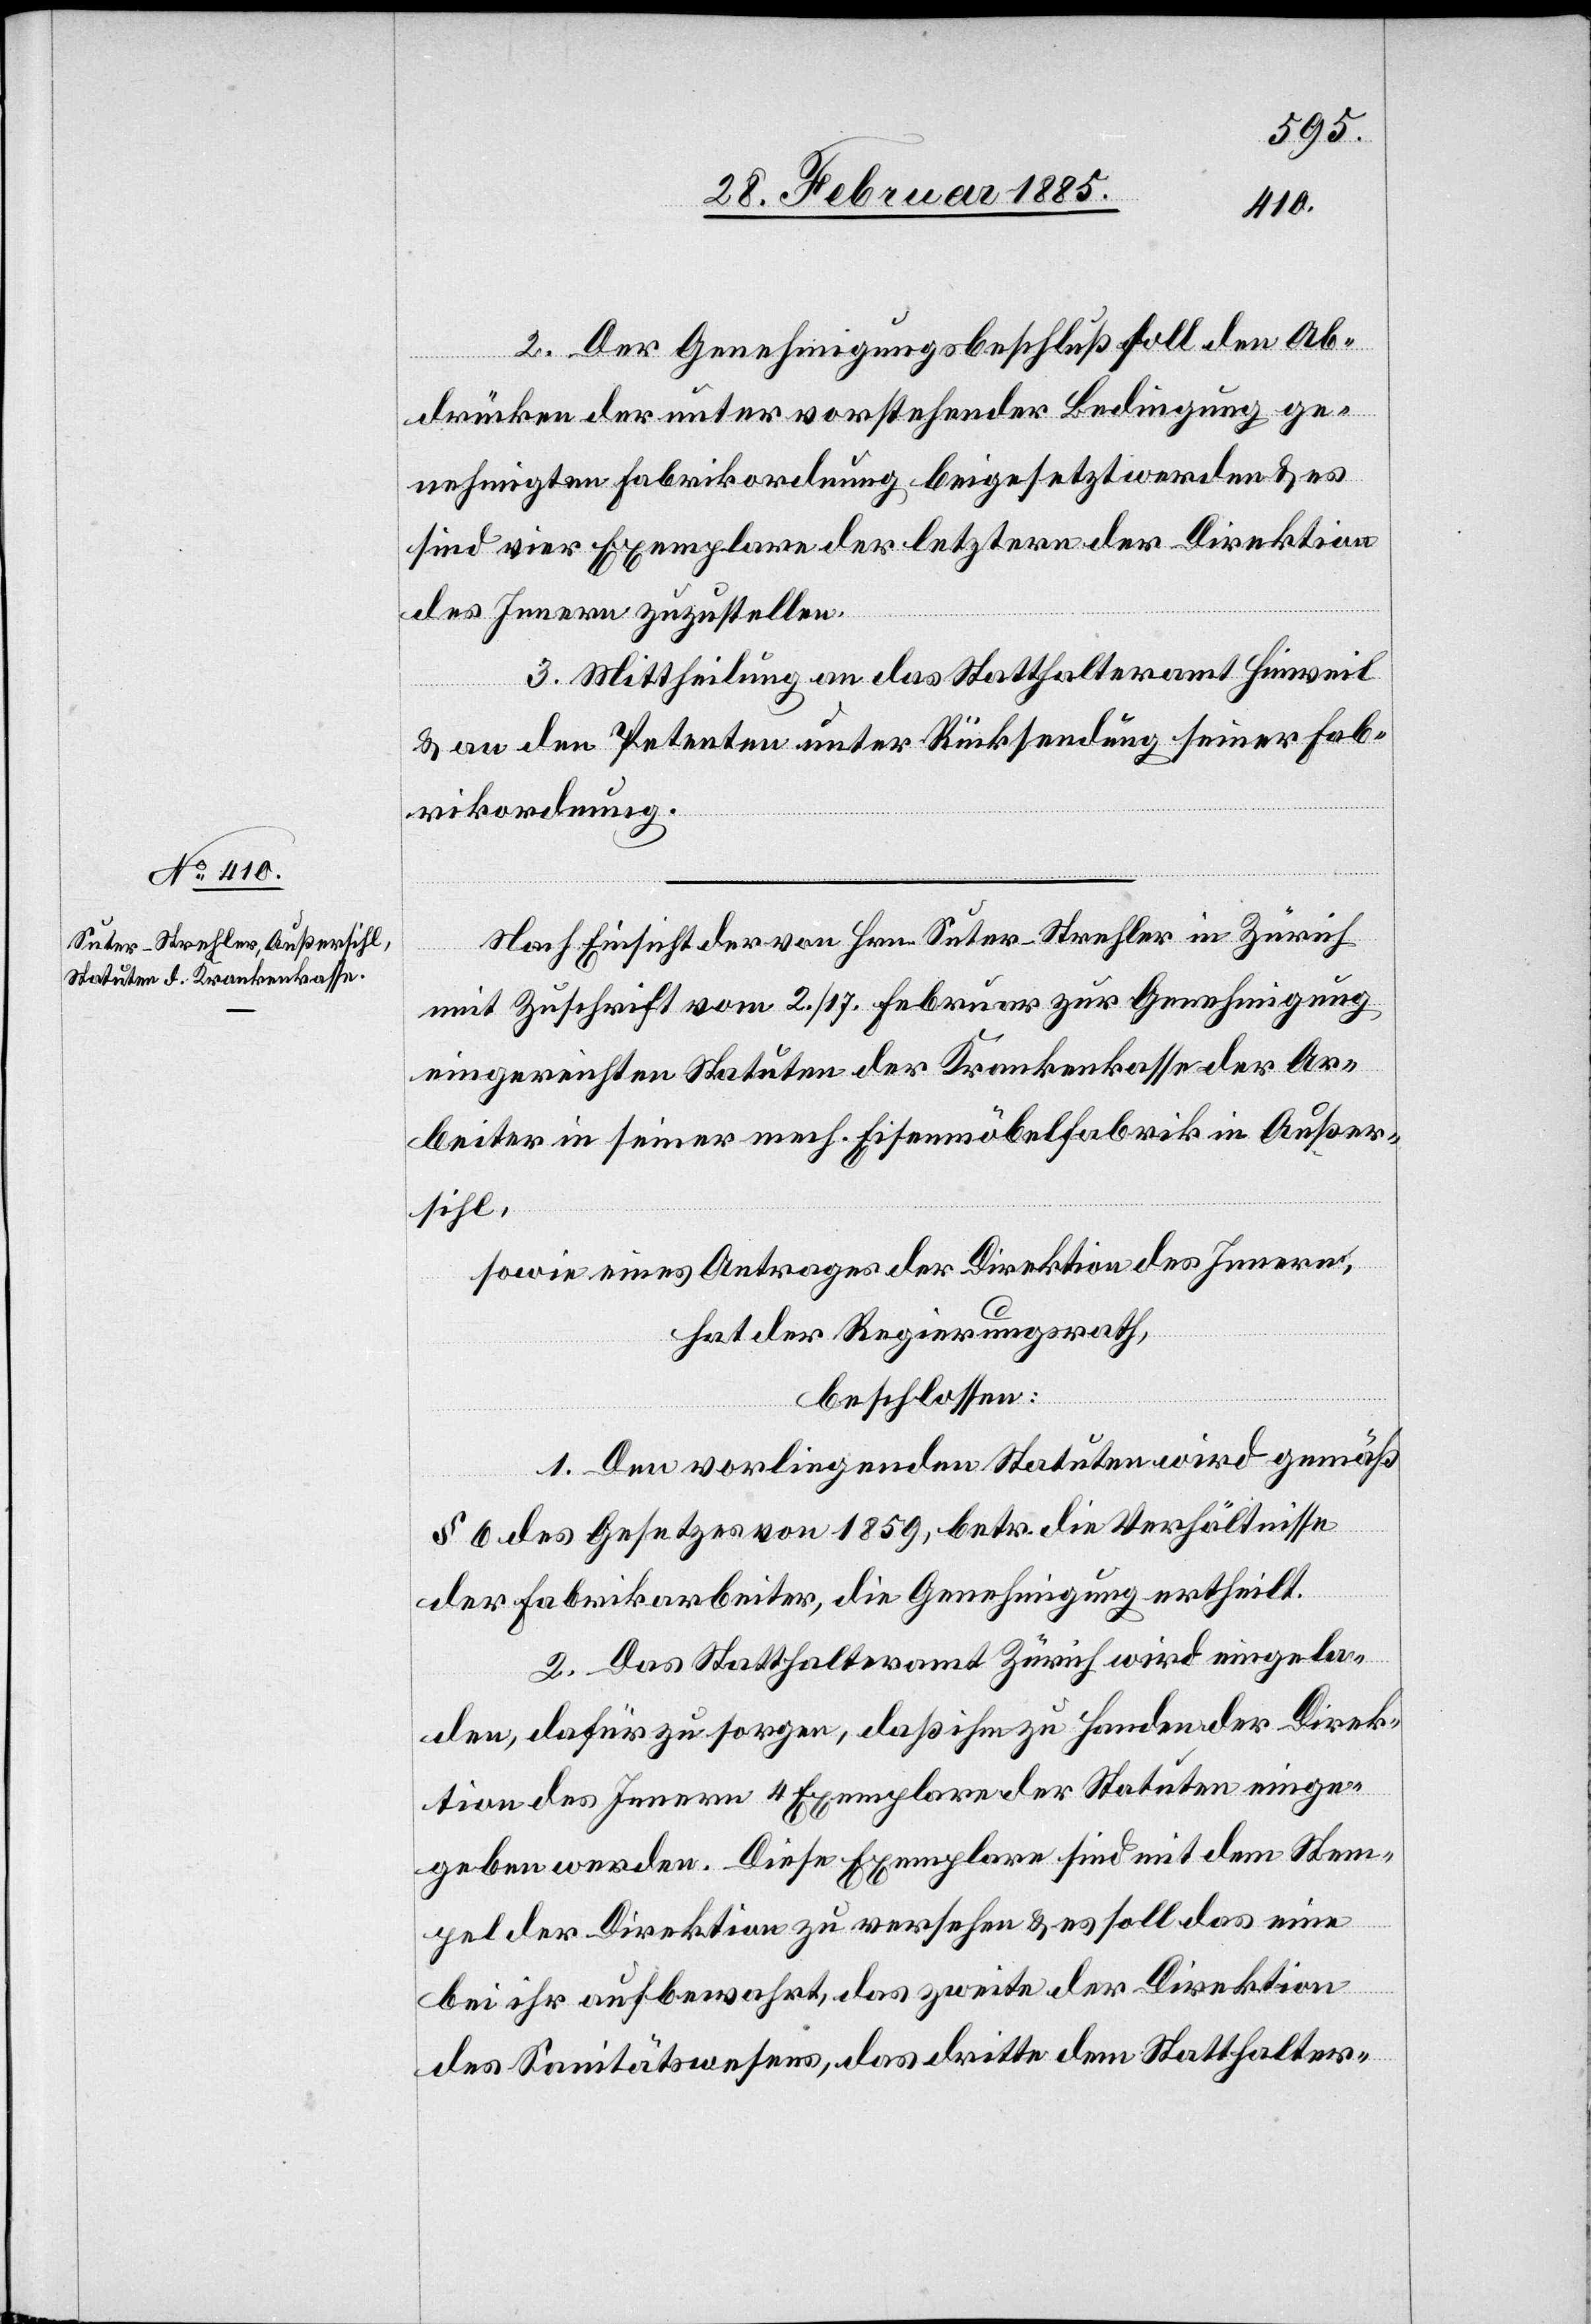
2. Der Genehmigungsbeschluß soll den Ab¬
drücken der unter vorstehender Bedingung ge¬
nehmigten Fabrikordnung beigesetzt werden & es
sind vier Exemplare der letztern der Direktion
des Innern zuzustellen.
3. Mittheilung an das Statthalteramt Hinweil
& an den Petenten unter Rücksendung seiner Fab¬
rikordnung.
Nach Einsicht der von Hrn. Suter-Stehler in Zürich
mit Zuschrift vom 2./17. Februar zur Genehmigung
eingereichten Statuten der Krankenkassen der Ar¬
beiter in seiner mech. Eisenfabrik in Außer¬
sihl,
sowie eines Antrages der Direktion des Innern,
hat der Regierungsrath,
beschlossen:
1. Den vorliegenden Statuten wird gemäß
§ 6 des Gesetzes von 1859, betr. die Verhältnisse
der Fabrikarbeiter, die Genehmigung ertheilt.
2. Das Statthalteramt Zürich wird eingela¬
den, dafür zu sorgen, daß ihm zu Handen der Direk¬
tion des Innern 4 Exemplare der Statuten einge¬
geben werden. Diese Exemplare sind mit dem Stem¬
pel der Direktion zu versehen & es sollen das eine
bei ihr aufbewahrt, das zweite bei der Direktion
des Sanitätswesens, das dritte dem Statthalter-